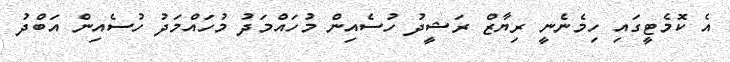
އެ ކޮމެޓީގައި ހިމެނެނީ ރިޔާޒް ރަޝީދު ހުސެއިން މުހައްމަދު މުހައްމަދު ހުސެއިން އަބްދު